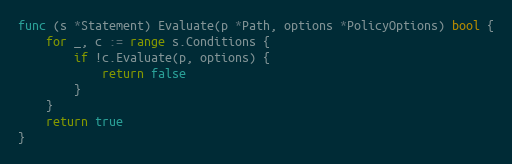
Language: Go
func (s *Statement) Evaluate(p *Path, options *PolicyOptions) bool {
	for _, c := range s.Conditions {
		if !c.Evaluate(p, options) {
			return false
		}
	}
	return true
}